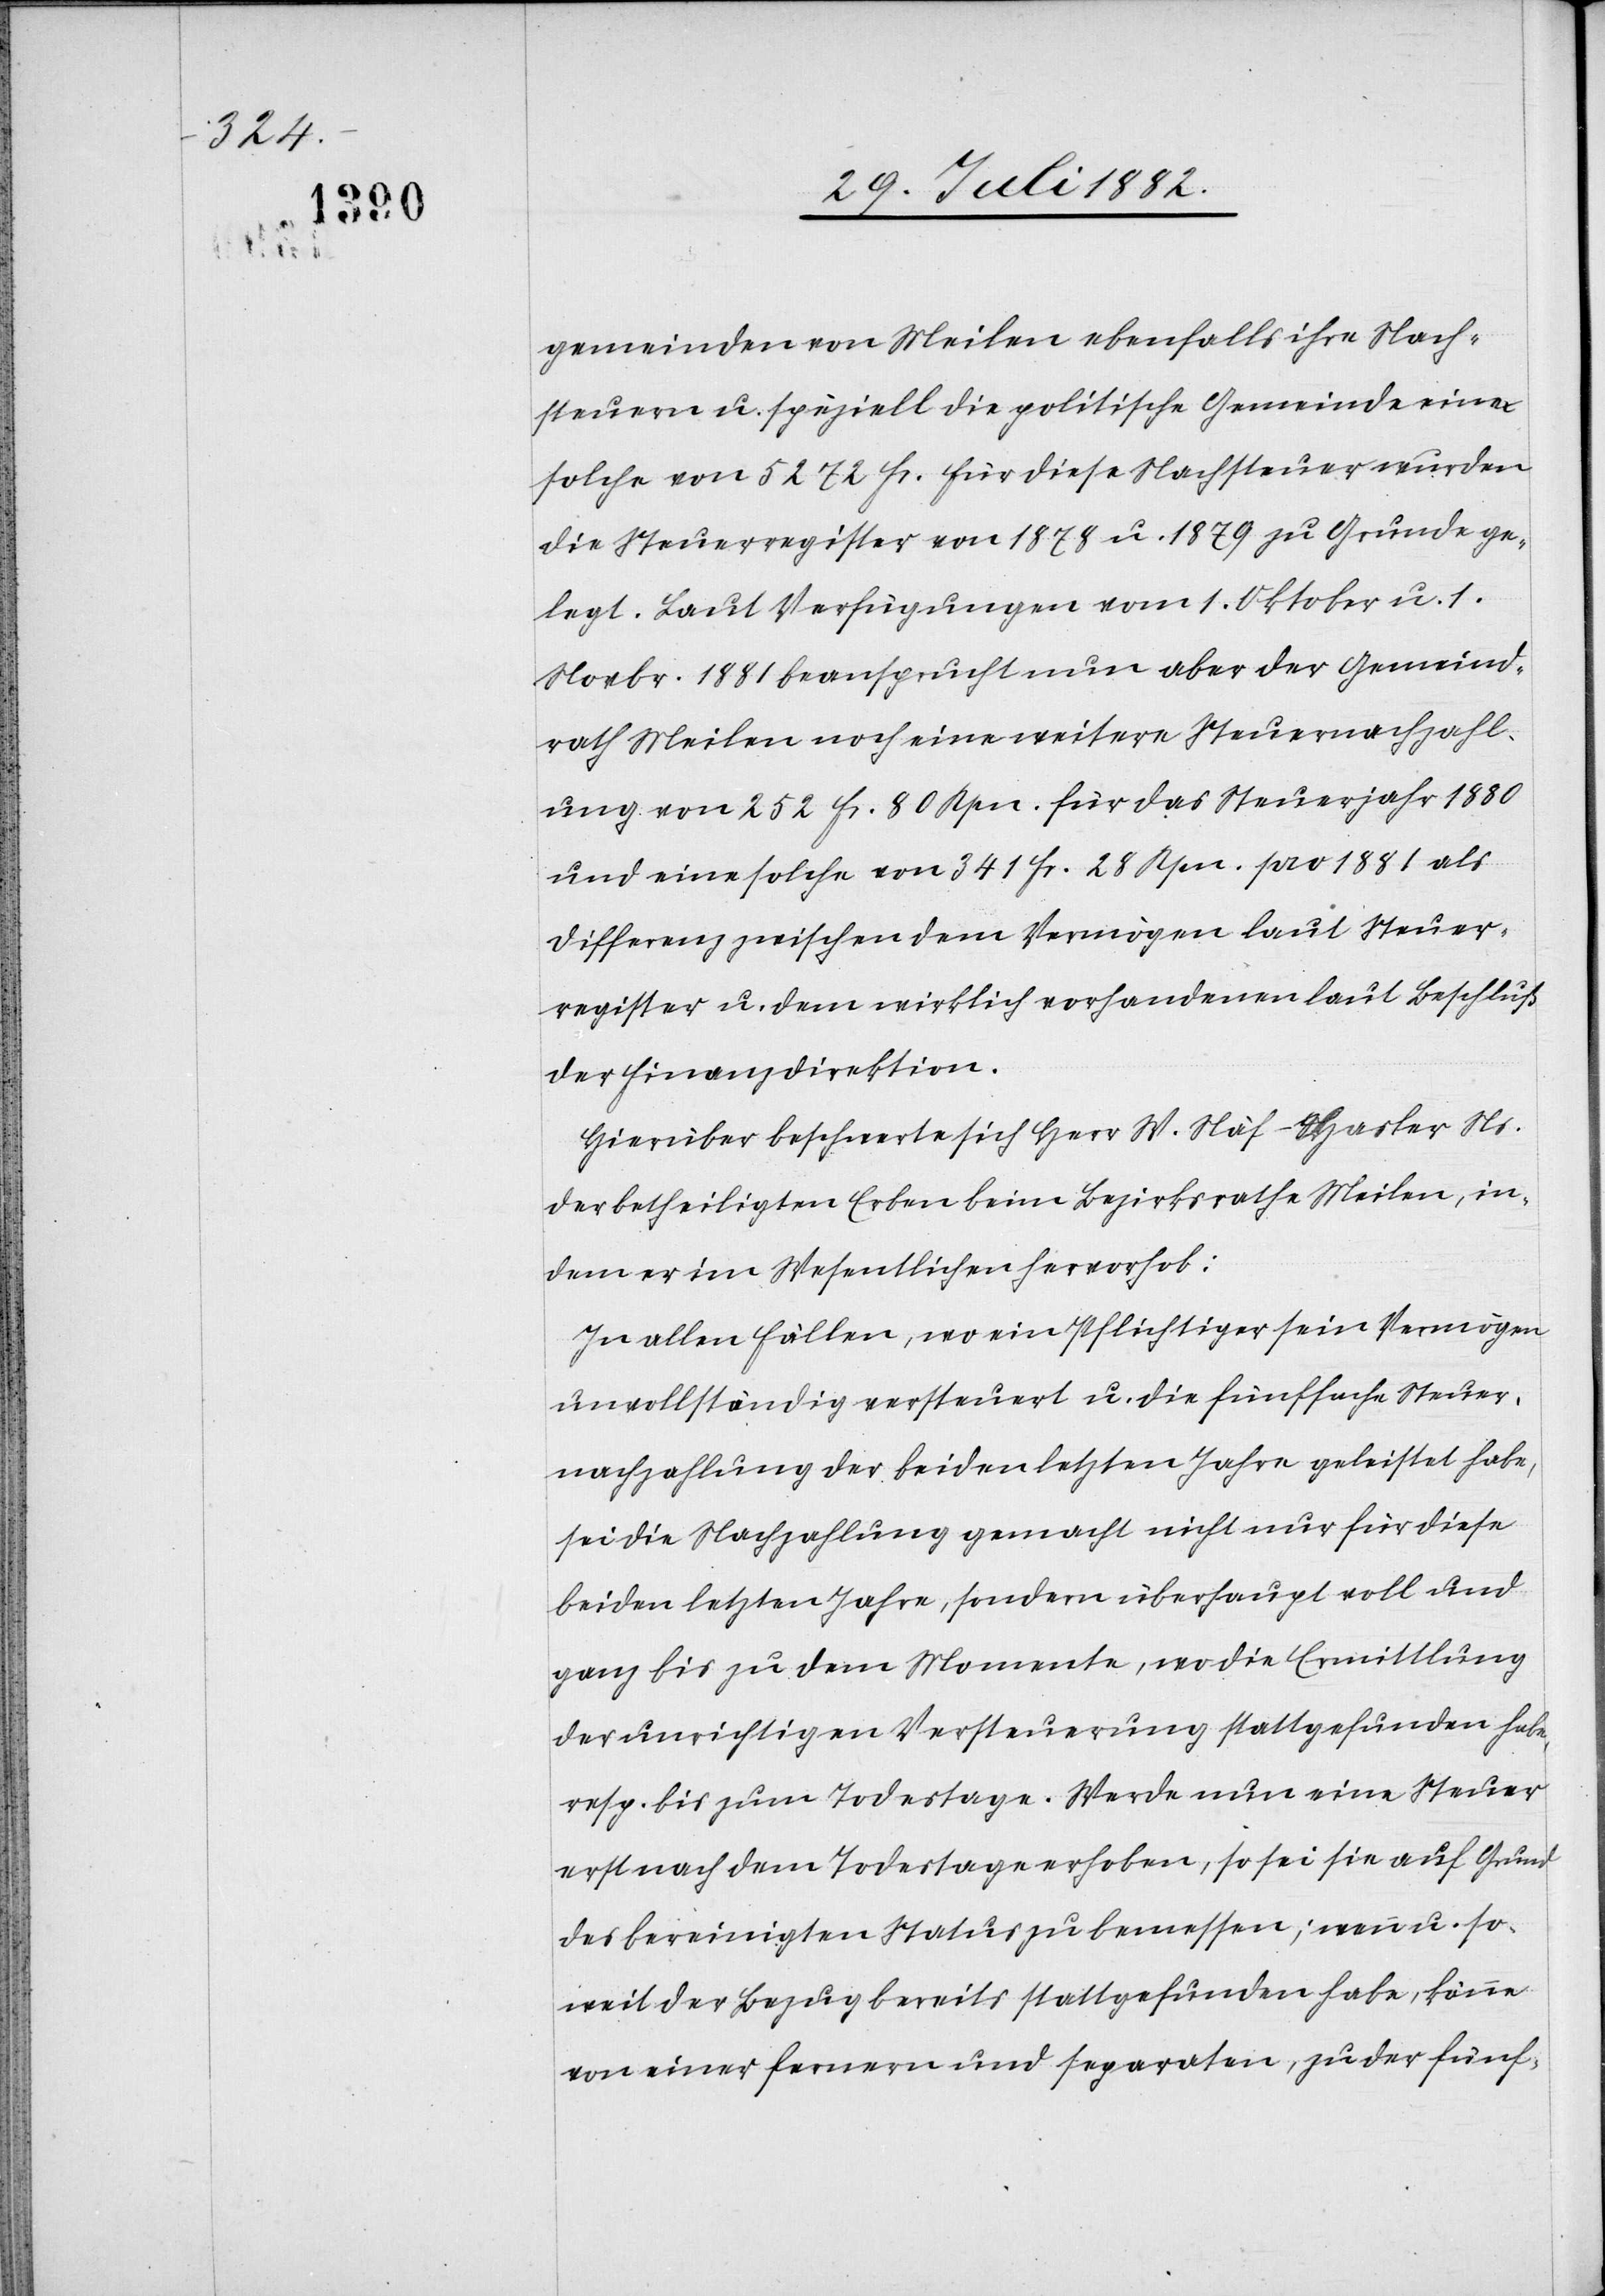
gemeinden von Meilen ebenfalls ihre Nach¬
steuern u. speziell die politische Gemeinde eine
solche von 5272 Fr. Für diese Nachsteuer wurden
die Steuerregister von 1878 u. 1879 zu Grunde ge¬
legt. Laut Verfügungen vom 1. Oktober u. 1.
Novbr. 1881 beansprucht nun aber der Gemeind¬
rath Meilen noch eine weitere Steuernachzahl¬
ung von 252 Fr. 80 Rpn. für das Steuerjahr 1880
und eine solche von 341 Fr. 28 Rp. pro 1881 als
Differenz zwischen dem Vermögen laut Steuer¬
register u. dem wirklich vorhandenen laut Beschluß
der Finanzdirektion.
Hierüber beschwerte sich Herr W. Näf-Hasler Ns.
der betheiligten Erben beim Bezirksrathe Meilen, in¬
dem er im Wesentlichen hervorhob:
In allen Fällen, wo ein Pflichtiger sein Vermögen
unvollständig versteuert u. die fünffache Steuer¬
nachzahlung der beiden letzten Jahre geleistet habe,
sei die Nachzahlung gemacht nicht nur für diese
beiden letzten Jahre, sondern überhaupt voll und
ganz bis zu dem Momente, wo die Ermittlung
der unrichtigen Versteuerung stattgefunden habe,
resp. bis zum Todestage. Werde nun eine Steuer
erst nach dem Todestage erhoben, so sei auf Grund
des bereinigten Status zu bemessen; wenn u. so¬
weit der Bezug bereits stattgefunden habe, könne
von einer fernern und separaten, zu der fünf-